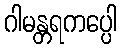
ဂါမန္တရကပ္ပေါ